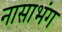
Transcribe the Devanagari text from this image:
नासाभंग